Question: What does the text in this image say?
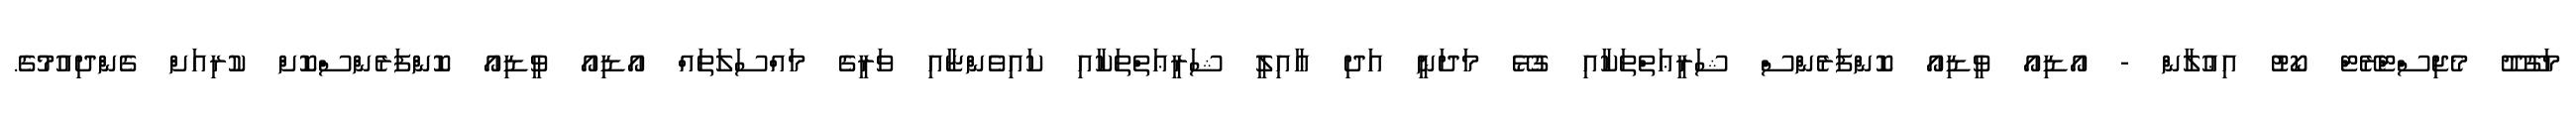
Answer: މަގޫދޫ މެޖިސްޓްރޭޓް ކޯޓު އިޢުލާން - އޯޑިއޯ ވީޑިއޯ ކޮންފަރެންސް ޝަރީޢަތްތަކާއި ގުޅޭ މަދަނީ އަދި ޢާއިލީ ޝަރީޢަތްތަކާއި ކައިވެންޏާއި ވަރީގެ މައްސަލަތައް އޯޑިއޯ ވީޑިއޯ ކޮންފަރެންސްކޮށް ކުރިއަށް ގެންދިއުމުގެ.